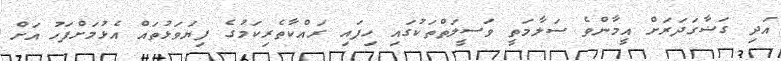
އަދި ގަޟާގަދަރަށް އީމާންވެ ސަލާމަތީ ވަސީލަތްތަކުގައި ހިފައި ރައްކާތެރިކަމުގެ ފިޔަވަޅުތައް އެޅުމަށްފަހު އަށް